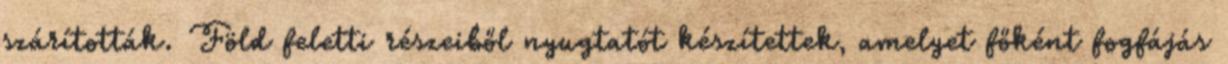
szárították. Föld feletti részeiből nyugtatót készítettek, amelyet főként fogfájás